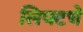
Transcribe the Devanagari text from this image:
लिफ्टचे